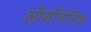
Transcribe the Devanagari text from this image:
ऑर्थोगोनिक